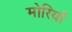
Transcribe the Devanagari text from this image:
मोरियाँ